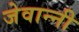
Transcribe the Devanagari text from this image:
जेवान्नी